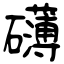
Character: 礴